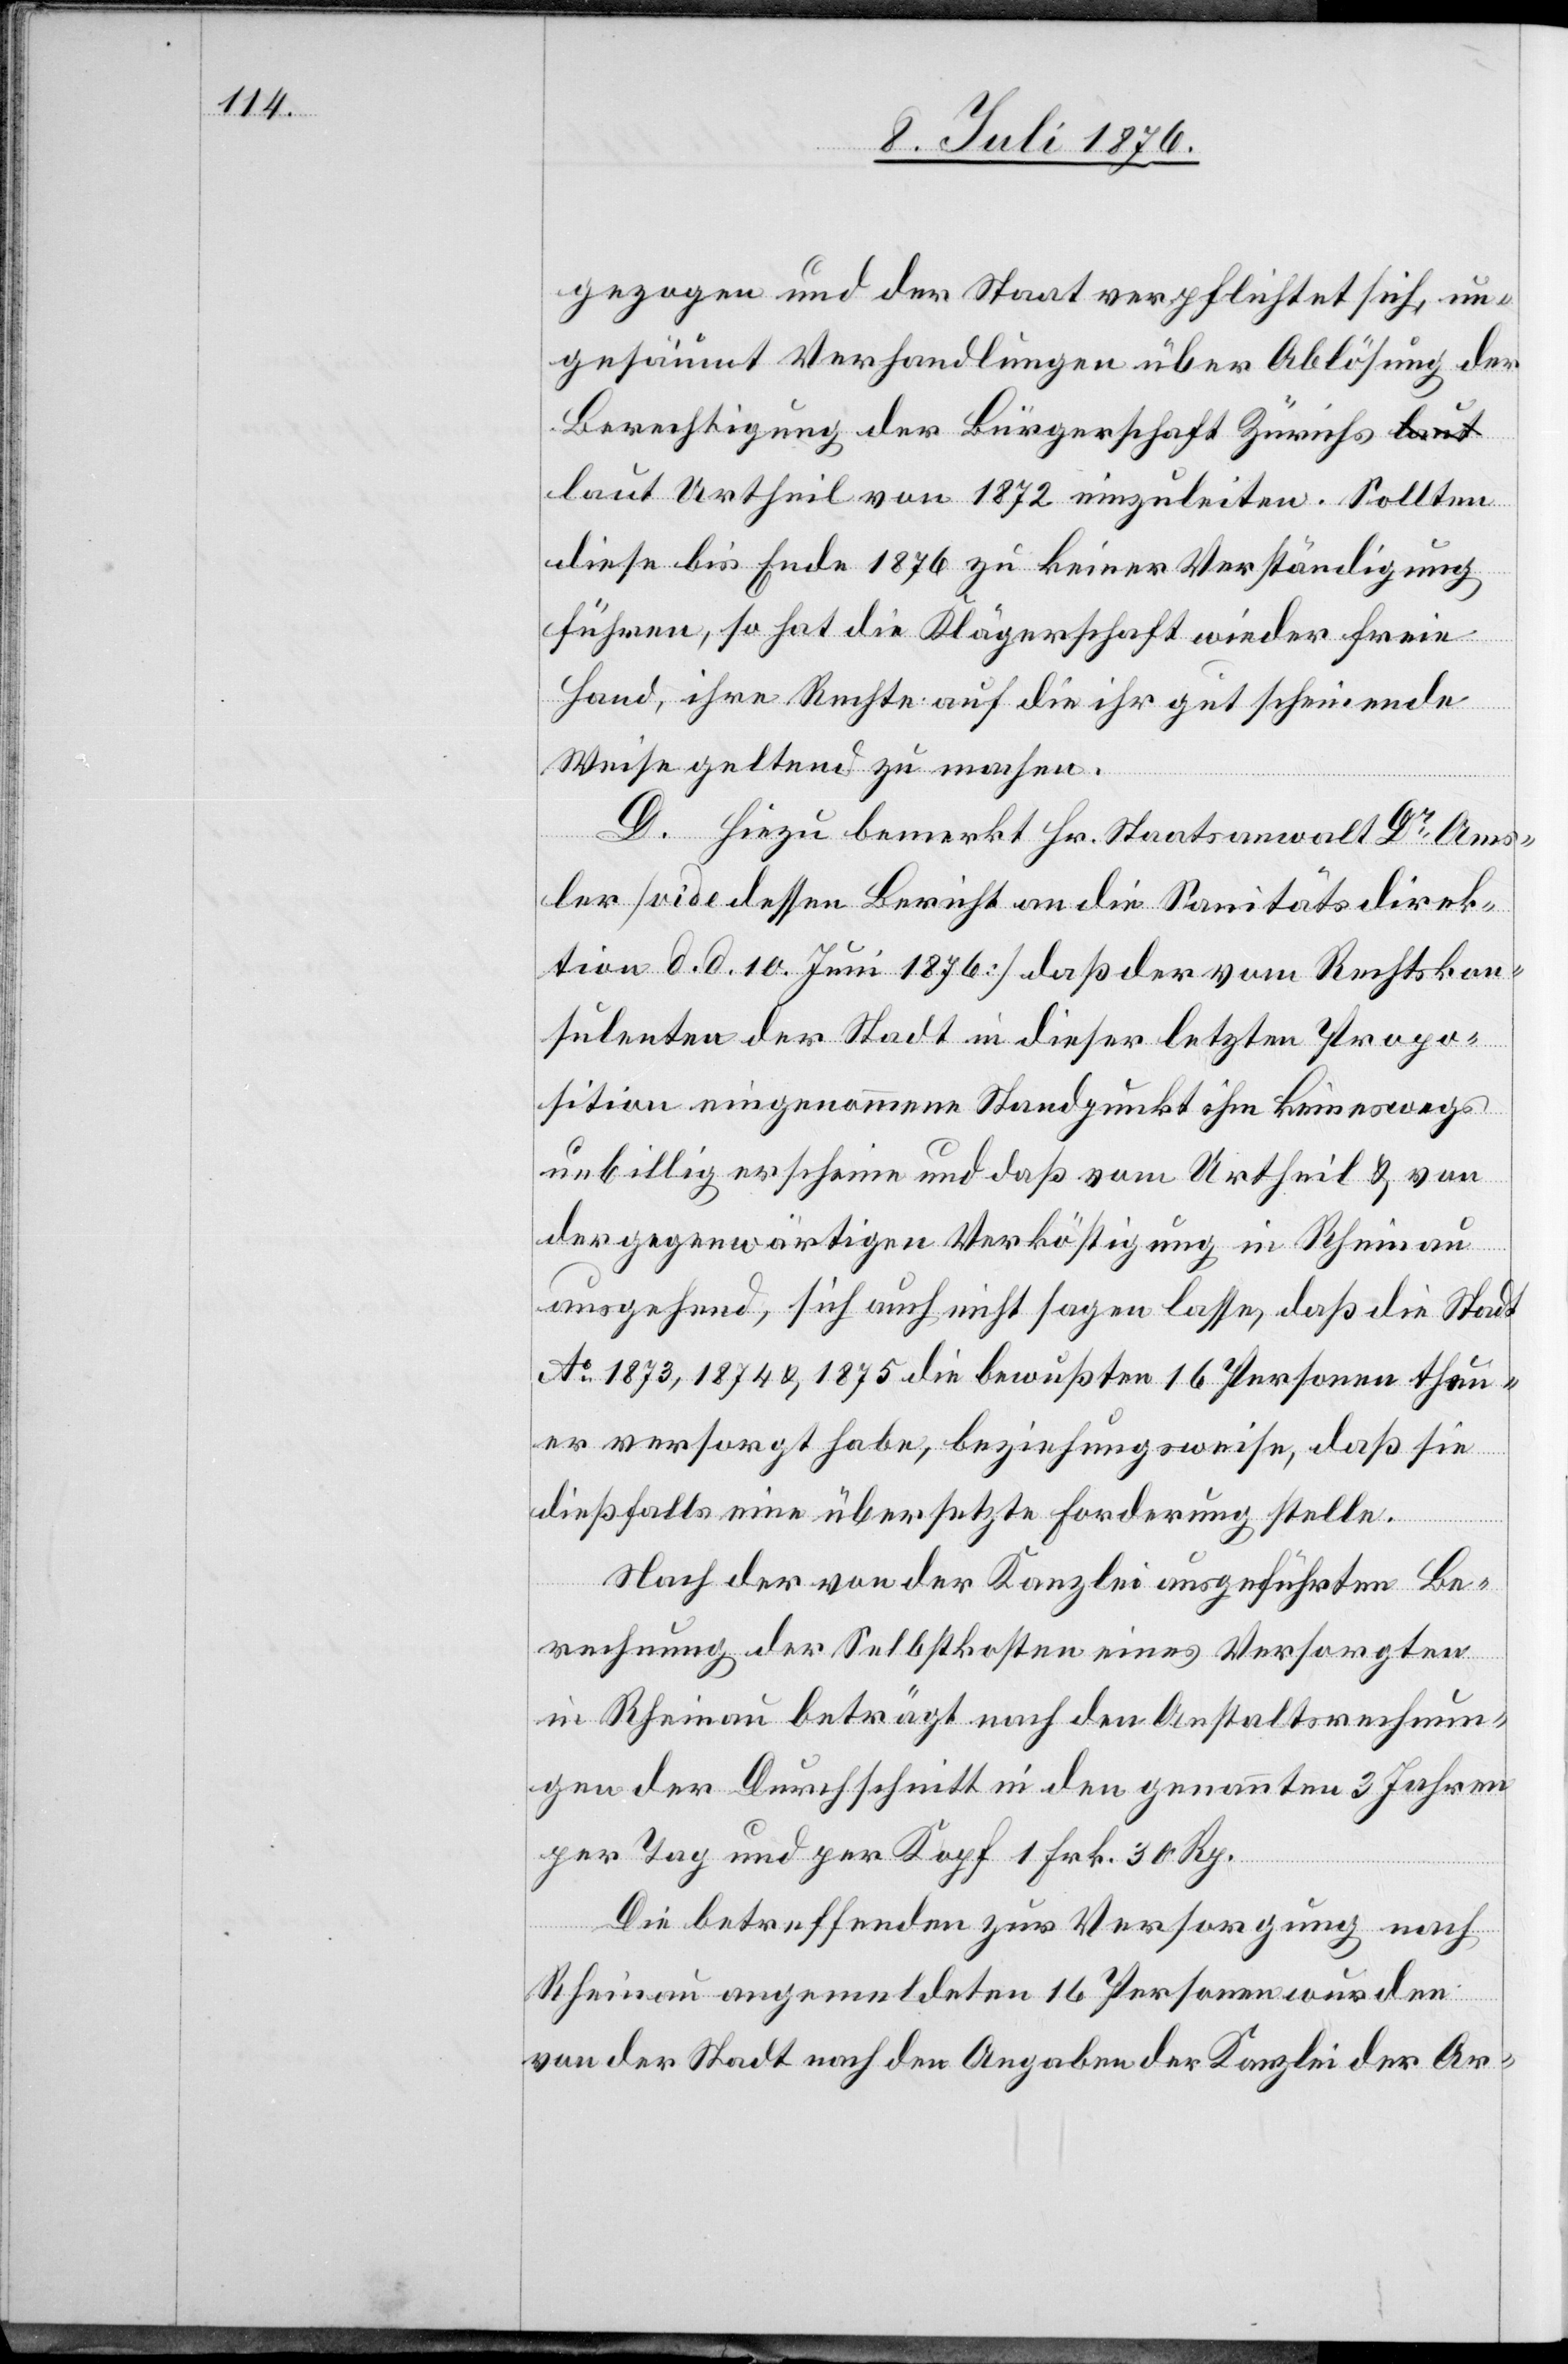
gezogen und der Staat verpflichtet sich, un¬
gesäumt Verhandlungen über Ablösung der
Berechtigung der Bürgerschaft Zürichs
laut Urtheil von 1872 einzuleiten. Sollten
diese bis Ende 1876 zu keiner Verständigung
führen, so hat die Klägerschaft wieder freie
[vie¬
Hand, ihre Rechte auf die ihr gut scheinende
Weise geltend zu machen.
D. Hiezu bemerkt Hr. Staatsanwalt Dr Ams¬
de [sic!] dessen Bericht an die Sanitätsdirek¬
tion d. d. 10. Juni 1876] daß der vom Rechtskon¬
sulenten der Stadt in dieser letzten Propo¬
sition eingenommene Standpunkt ihm keineswegs
unbillig erschiene und das vom Urtheil & von
der gegenwärtigen Verköstigung in Rheinau
ausgehend, sich auch nicht sagen lasse, daß die Stadt
Ao 1873, 1874 & 1875 die bewußten 16 Personen theu¬
er versorgt habe, beziehungsweise, daß sie
dießfalls eine übersetzte Forderung stelle.
Nach der von der Kanzlei ausgeführten Be¬
rechnung der Selbstkosten eines Versorgten
in Rheinau beträgt nach den Anstaltsrechnun¬
gen der Durchschnitt in den genannten 3 Jahren
per Tag und per Kopf 1 Frk. 30 Rp.
Die betreffenden zur Versorgung nach
Rheinau angemeldeten 16 Personen wurden
von der Stadt nach den Angaben der Kanzlei der Ar-